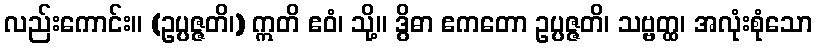
လည်းကောင်း။ (ဥပ္ပဇ္ဇတိ၊) ဣတိ ဧဝံ၊ သို့။ ဒွိဓာ ဧကတော ဥပ္ပဇ္ဇတိ၊ သဗ္ဗတ္ထ၊ အလုံးစုံသော